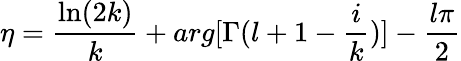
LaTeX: \eta=\frac{\ln(2k)}{k}+arg[\Gamma(l+1-\frac{i}{k})]-\frac{l\pi}{2}